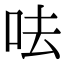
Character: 呿